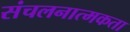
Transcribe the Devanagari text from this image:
संचलनात्मकता